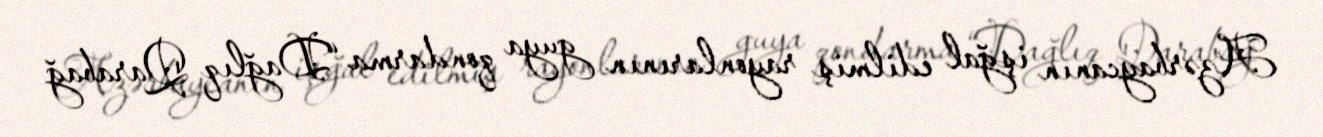
Azərbaycanın işğal edilmiş rayonlarının guya qondarma “Dağlıq Qarabağ